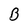
Character: B